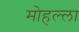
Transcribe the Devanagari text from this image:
मोहल्‍ला